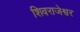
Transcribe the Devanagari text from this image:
शिवराजेश्वर